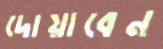
দোয়াবেন